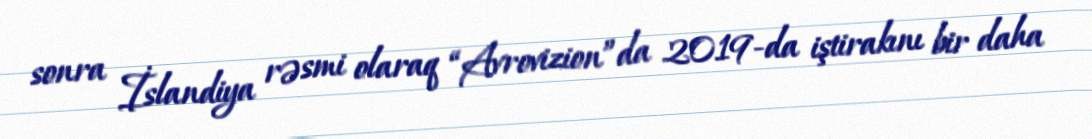
sonra İslandiya rəsmi olaraq “Avrovizion”da 2019-da iştirakını bir daha